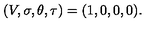
( V , \sigma , \theta , \tau ) = ( 1 , 0 , 0 , 0 ) .